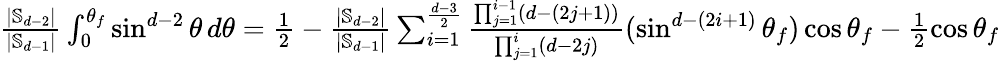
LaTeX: \begin{array}{r}{\frac{|\mathbb{S}_{d-2}|}{|\mathbb{S}_{d-1}|}\int_{0}^{\theta_{f}}\sin^{d-2}\theta\, d\theta=\frac{1}{2}-\frac{|\mathbb{S}_{d-2}|}{|\mathbb{S}_{d-1}|}\sum_{i=1}^{\frac{d-3}{2}}\frac{\prod_{j=1}^{i-1}(d-(2j+1))}{\prod_{j=1}^{i}(d-2j)}(\sin^{d-(2i+1)}\theta_{f})\cos\theta_{f}-\frac{1}{2}\cos\theta_{f}}\end{array}